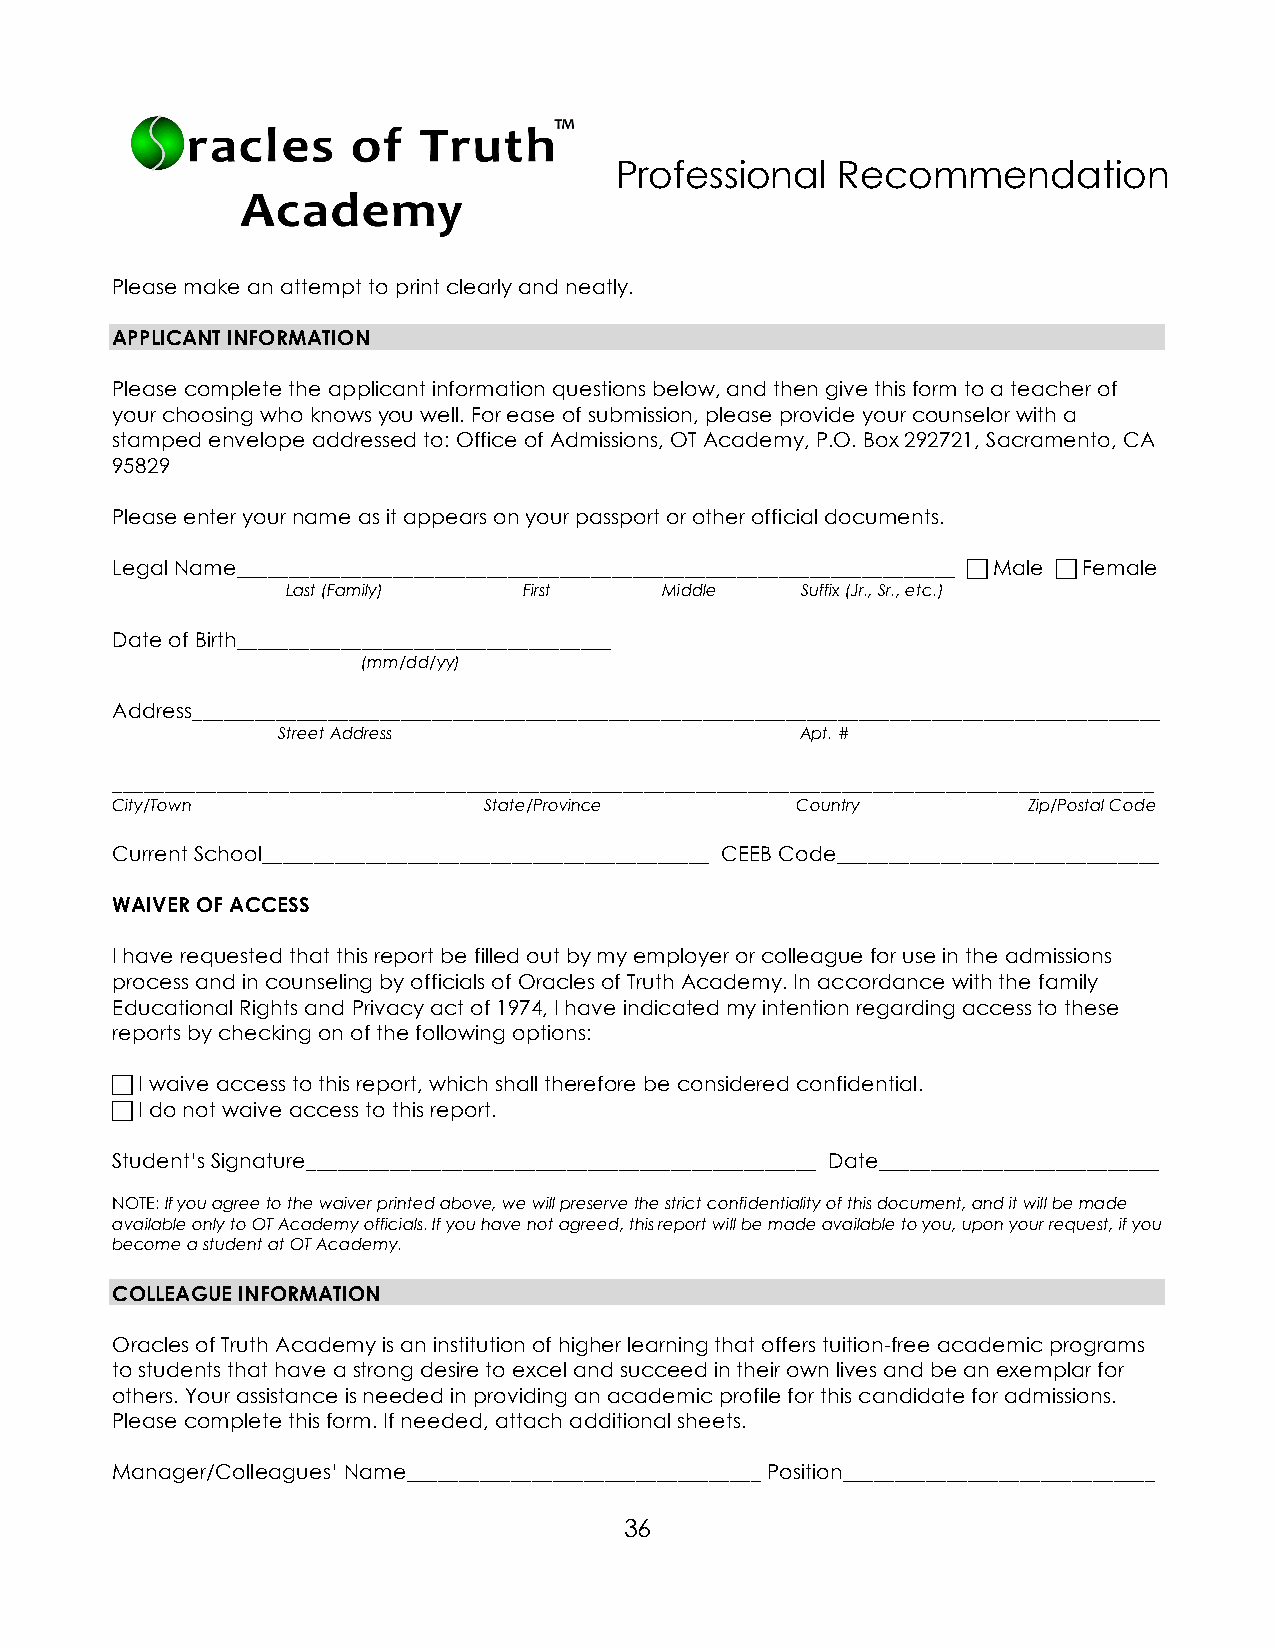
Professional  Recommendation
 Please make an attempt to print clearly and neatly.
 APPLICANT INFORMATION
 Please complete the applicant information questions below, and then give this form to a teacher of
 your choosing who knows you well. For ease of submission, please provide your counselor with a
 stamped envelope addressed to: Office of Admissions, OT Academy, P.O. Box 292721, Sacramento, CA
 95829
 Please enter your name as it appears on your passport or other official documents.
 Legal Name_____________________________________________________________________  Male  Female
 Last (Family)   First    Middle   Suffix (Jr., Sr., etc.)
 Date of Birth____________________________________
 (mm/dd/yy)
 Address_____________________________________________________________________________________________
 Street Address                     Apt. #
 ____________________________________________________________________________________________________
 City/Town                State/Province       Country        Zip/Postal Code
 Current School___________________________________________ CEEB Code_______________________________
 WAIVER OF ACCESS
 I have requested that this report be filled out by my employer or colleague for use in the admissions
 process and in counseling by officials of Oracles of Truth Academy. In accordance with the family
 Educational Rights and Privacy act of 1974, I have indicated my intention regarding access to these
 reports by checking on of the following options:
  I waive access to this report, which shall therefore be considered confidential.
  I do not waive access to this report.
 Student’s Signature_________________________________________________ Date___________________________
 NOTE: If you agree to the waiver printed above, we will preserve the strict confidentiality of this document, and it will be made
 available only to OT Academy officials. If you have not agreed, this report will be made available to you, upon your request, if you
 become a student at OT Academy.
 COLLEAGUE INFORMATION
 Oracles of Truth Academy is an institution of higher learning that offers tuition-free academic programs
 to students that have a strong desire to excel and succeed in their own lives and be an exemplar for
 others. Your assistance is needed in providing an academic profile for this candidate for admissions.
 Please complete this form. If needed, attach additional sheets.
 Manager/Colleagues’ Name__________________________________ Position______________________________
 36